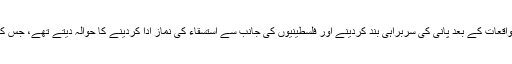
وہ گزشتہ دنوں میں سنگباری کے واقعات کے بعد پانی کی سربراہی بند کردینے اور فلسطینیوں کی جانب سے استسقاء کی نماز ادا کردینے کا حوالہ دیتے تھے، جس کے بعد ہمیشہ بارش ہوا کرتی تھی ۔